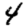
Digit: 4